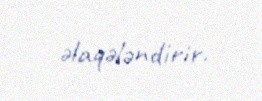
əlaqələndirir.